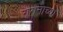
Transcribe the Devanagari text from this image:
गगनाच्या